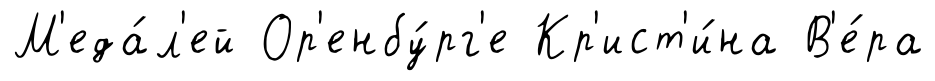
М'еда́л'ей Ор'енбу́рг'е Кр'ист'и́на В'е́ра